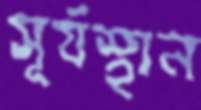
সূর্যস্থান